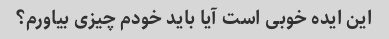
این ایده خوبی است آیا باید خودم چیزی بیاورم؟